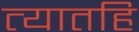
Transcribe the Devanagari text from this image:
त्यातहि